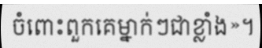
ចំពោះពួកគេម្នាក់ៗជាខ្លាំង»។